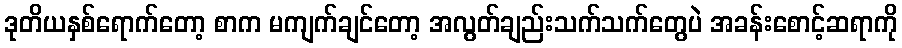
ဒုတိယနှစ်ရောက်တော့ စာက မကျက်ချင်တော့ အလွတ်ချည်းသက်သက်တွေပဲ အခန်းစောင့်ဆရာကို